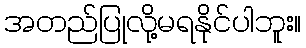
အတည်ပြုလို့မရနိုင်ပါဘူး။